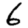
Digit: 6